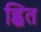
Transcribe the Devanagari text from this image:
ह्वित